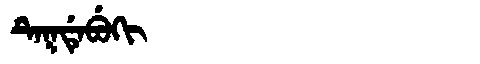
Manchu: ᡨᡝᡴᡩᡝᠪᡠᡴᡳ
Romanization: TEKDEBUKI